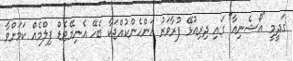
ގަދީމީ "އޯޝެނިއާ" ގައި ދިރިއުޅޭ ފުރާވަރު އަންހެންކުއްޖަކާ ބެހޭ އެނިމޭޓެޑް ފިލްމެއް ކަމަށްވާ